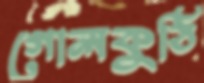
গোলকুঠি